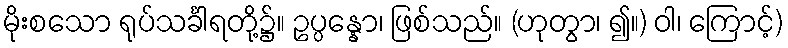
မိုးစသော ရုပ်သင်္ခါရတို့၌။ ဥပ္ပန္နော၊ ဖြစ်သည်။ (ဟုတွာ၊ ၍။) ဝါ၊ ကြောင့်)